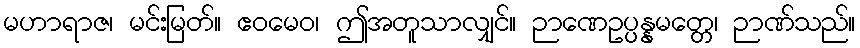
မဟာရာဇ၊ မင်းမြတ်။ ဧဝမေဝ၊ ဤအတူသာလျှင်။ ဉာဏေဥပ္ပန္နမတ္တေ၊ ဉာဏ်သည်။